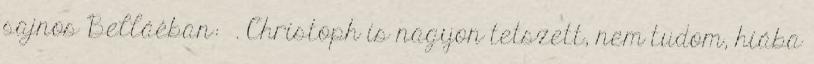
sajnos Belláéban: . Christoph is nagyon tetszett, nem tudom, hiába